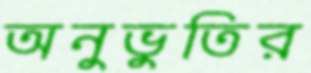
অনুভুতির